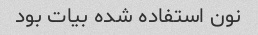
نون استفاده شده بیات بود